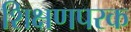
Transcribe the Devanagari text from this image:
शिक्षणपरक